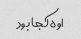
اوه کجا بود